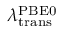
\lambda _ { \mathrm { t r a n s } } ^ { \mathrm { P B E 0 } }